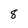
Character: 8